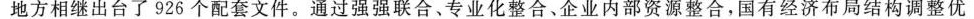
地方相继出台了926个配套文件。通过强强联合、专业化整合、企业内部资源整合，国有经济布局结构调整优